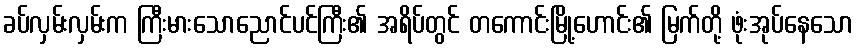
ခပ်လှမ်းလှမ်းက ကြီးမားသောညောင်ပင်ကြီး၏ အရိပ်တွင် တကောင်းမြို့ဟောင်း၏ မြက်တို့ ဖုံးအုပ်နေသော